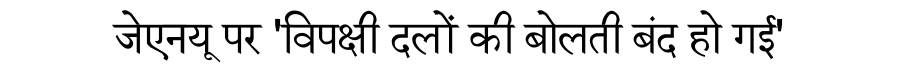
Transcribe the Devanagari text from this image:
जेएनयू पर 'विपक्षी दलों की बोलती बंद हो गई'